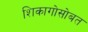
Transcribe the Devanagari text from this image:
शिकागोसोबत